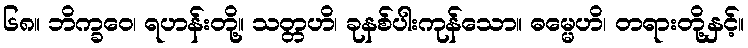
၆၈။ ဘိက္ခဝေ၊ ရဟန်းတို့။ သတ္တဟိ၊ ခုနစ်ပါးကုန်သော။ ဓမ္မေဟိ၊ တရားတို့နှင့်။